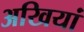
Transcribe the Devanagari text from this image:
अखियां